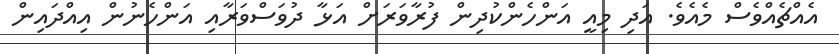
އެއްޗެއްވެސް މެއެވެ. އަދި މިއީ އަންހެންކުދިން ފުރާވަރަށް އަޅާ ދުވަސްވަރާއި އަންހެނުން އިއްދައިން